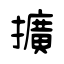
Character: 擴